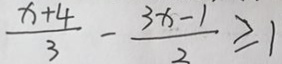
\frac { x + 4 } { 3 } - \frac { 3 x - 1 } { 2 } \geq 1